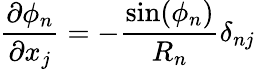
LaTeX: \frac{\partial\phi_{n}}{\partial x_{j}}=-\frac{\sin(\phi_{n})}{R_{n}}\delta_{nj}